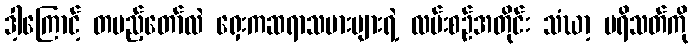
ဒါ့ကြောင့် တပည့်တော်လဲ ရှေးကဆရာသမားများရဲ့ လမ်းစဉ်အတိုင်း သံဃာ့ ပရိသတ်ကို